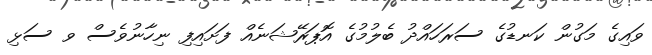
ވައިގެ މަގުން ކަނޑުގެ ސަރަހައްދު ބެލުމުގެ އޮޕަރޭޝަނެއް ފަށައިފި ނިހާނުވެސް ވ ސަޅި